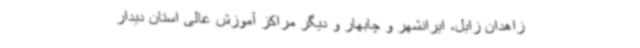
زاهدان زابل، ایرانشهر و چابهار و دیگر مراکز آموزش عالی استان دیدار